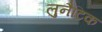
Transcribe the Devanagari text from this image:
लुनैटिक